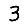
Digit: 3